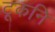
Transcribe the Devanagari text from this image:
टूकनि